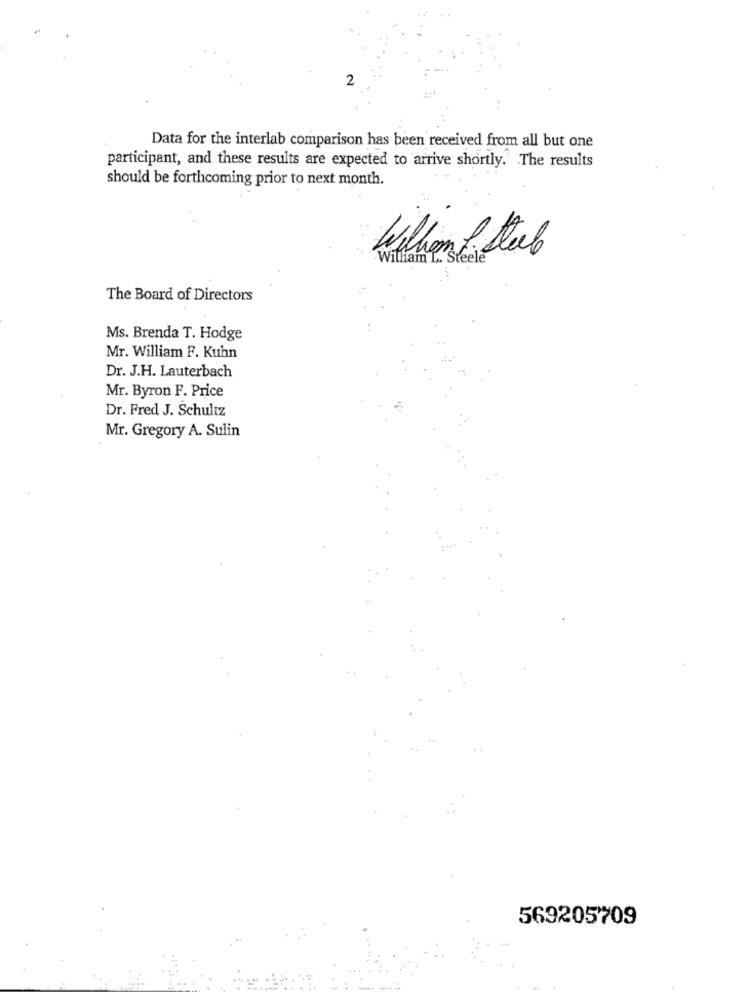
2
Data for the interlab comparison has been received from all but one
participant, and these results are expected to arrive shortly. The results
should be forthcoming prior to next month.
William L. Steel
William f stab
The Board of Directors
Ms. Brenda T. Hodge
Mr. William F. Kuhn
Dr. J.H. Lauterbach
Mr. Byron F. Price
Dr. Fred J. Schultz
Mr. Gregory A. Sulin
569205709